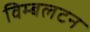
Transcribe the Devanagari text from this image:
विम्‍बलटन